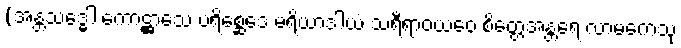
(အန္တသဒ္ဓေါ ကောဋ္ဌာသေ ပရိစ္ဆေဒေ မရိယာဒါယံ သရီရာဝယဝေ စိတ္တေအန္တရေ လာမကေသု